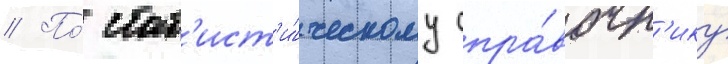
// По́ стат'ист'и́ческому спра́вочн'ику